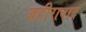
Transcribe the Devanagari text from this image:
जहीराबाद